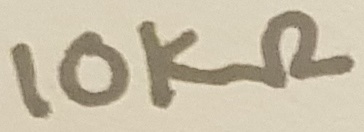
Text: 10KΩ